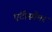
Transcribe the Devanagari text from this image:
एंटीस्पैमर